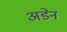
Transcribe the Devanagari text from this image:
अडेन